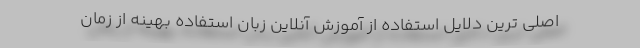
اصلی ترین دلایل استفاده از آموزش آنلاین زبان استفاده بهینه از زمان